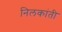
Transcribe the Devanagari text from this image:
निलकांती